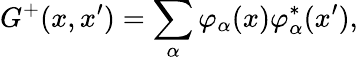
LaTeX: G^{+}(x,x^{\prime})=\sum_{\alpha}\varphi_{\alpha}(x)\varphi_{\alpha}^{\ast}(x^{\prime}),